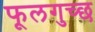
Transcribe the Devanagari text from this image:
फूलगुच्छ